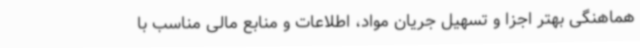
هماهنگی بهتر اجزا و تسهیل جریان مواد، اطلاعات و منابع مالی مناسب با